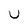
Character: U